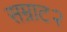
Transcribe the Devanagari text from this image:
सम्राट२